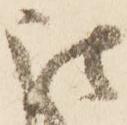
被